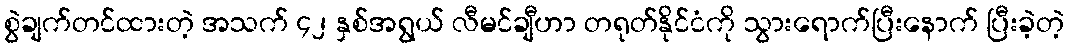
စွဲချက်တင်ထားတဲ့ အသက် ၄၂ နှစ်အရွယ် လီမင်ချီဟာ တရုတ်နိုင်ငံကို သွားရောက်ပြီးနောက် ပြီးခဲ့တဲ့